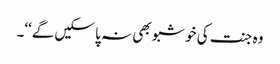
وہ جنت کی خوشبو بھی نہ پا سکیں گے‘‘۔